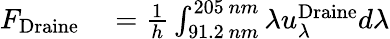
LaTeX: \begin{array}{rl}{F_{\mathrm{Draine}}}&{{}=\frac{1}{h}\int_{91.2~nm}^{205~nm}\lambda u_{\lambda}^{\mathrm{{Draine}}}d\lambda}\end{array}